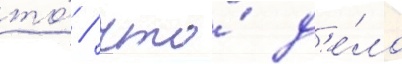
то́ / что́ д'е́ло